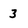
Character: 3